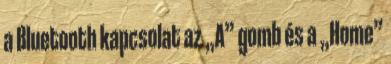
a Bluetooth kapcsolat az „A” gomb és a „Home”